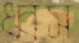
ধ্বস